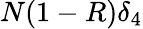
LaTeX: N(1-R)\delta_{4}